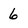
Character: 6